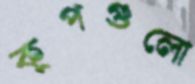
কূপগুলো